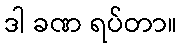
ဒါ ခဏ ရပ်တာ။